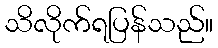
သိလိုက်ရပြန်သည်။